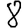
Digit: 8